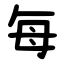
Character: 每